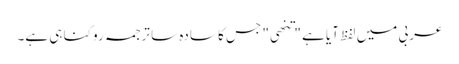
عربی میں لفظ آیا ہے "تنھی" جس کا سادہ سا ترجمہ روکنا ہی ہے۔